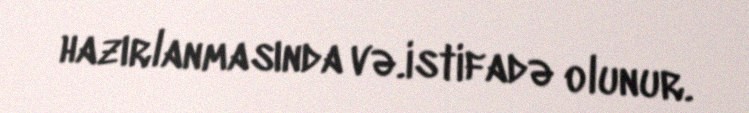
hazırlanmasında və.istifadə olunur.